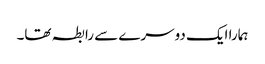
ہمارا ایک دوسرے سے رابطہ تھا۔